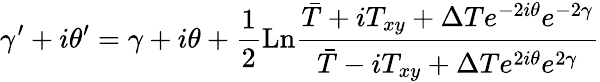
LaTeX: \gamma^{\prime}+i\theta^{\prime}=\gamma+i\theta+\frac{1}{2}\mathrm{Ln}\frac{\bar{T}+iT_{xy}+\Delta Te^{-2i\theta}e^{-2\gamma}}{\bar{T}-iT_{xy}+\Delta Te^{2i\theta}e^{2\gamma}}